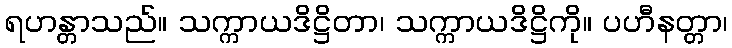
ရဟန္တာသည်။ သက္ကာယဒိဋ္ဌိတာ၊ သက္ကာယဒိဋ္ဌိကို။ ပဟီနတ္တာ၊